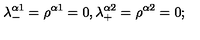
\lambda _ { - } ^ { \alpha 1 } = \rho ^ { \alpha 1 } = 0 , \lambda _ { + } ^ { \alpha 2 } = \rho ^ { \alpha 2 } = 0 ;